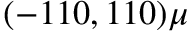
( - 1 1 0 , 1 1 0 ) \mu